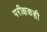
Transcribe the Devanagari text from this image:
परीक्षकही